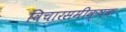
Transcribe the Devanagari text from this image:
विचारसमीक्षक